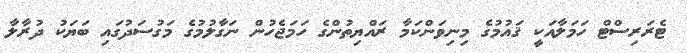
ޓެރަރިސްޓް ހަމަލާއަކީ ޤައުމުގެ މިނިވަންކަމާ ރައްޔިތުންގެ ހަމަޖެހުން ނަގާލުމުގެ މަގުސަދުގައި ބަޔަކު ދުރާލާ